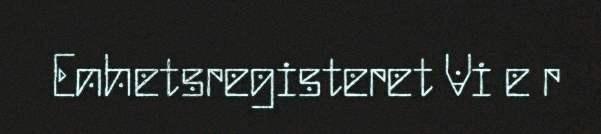
Enhetsregisteret Vi e r